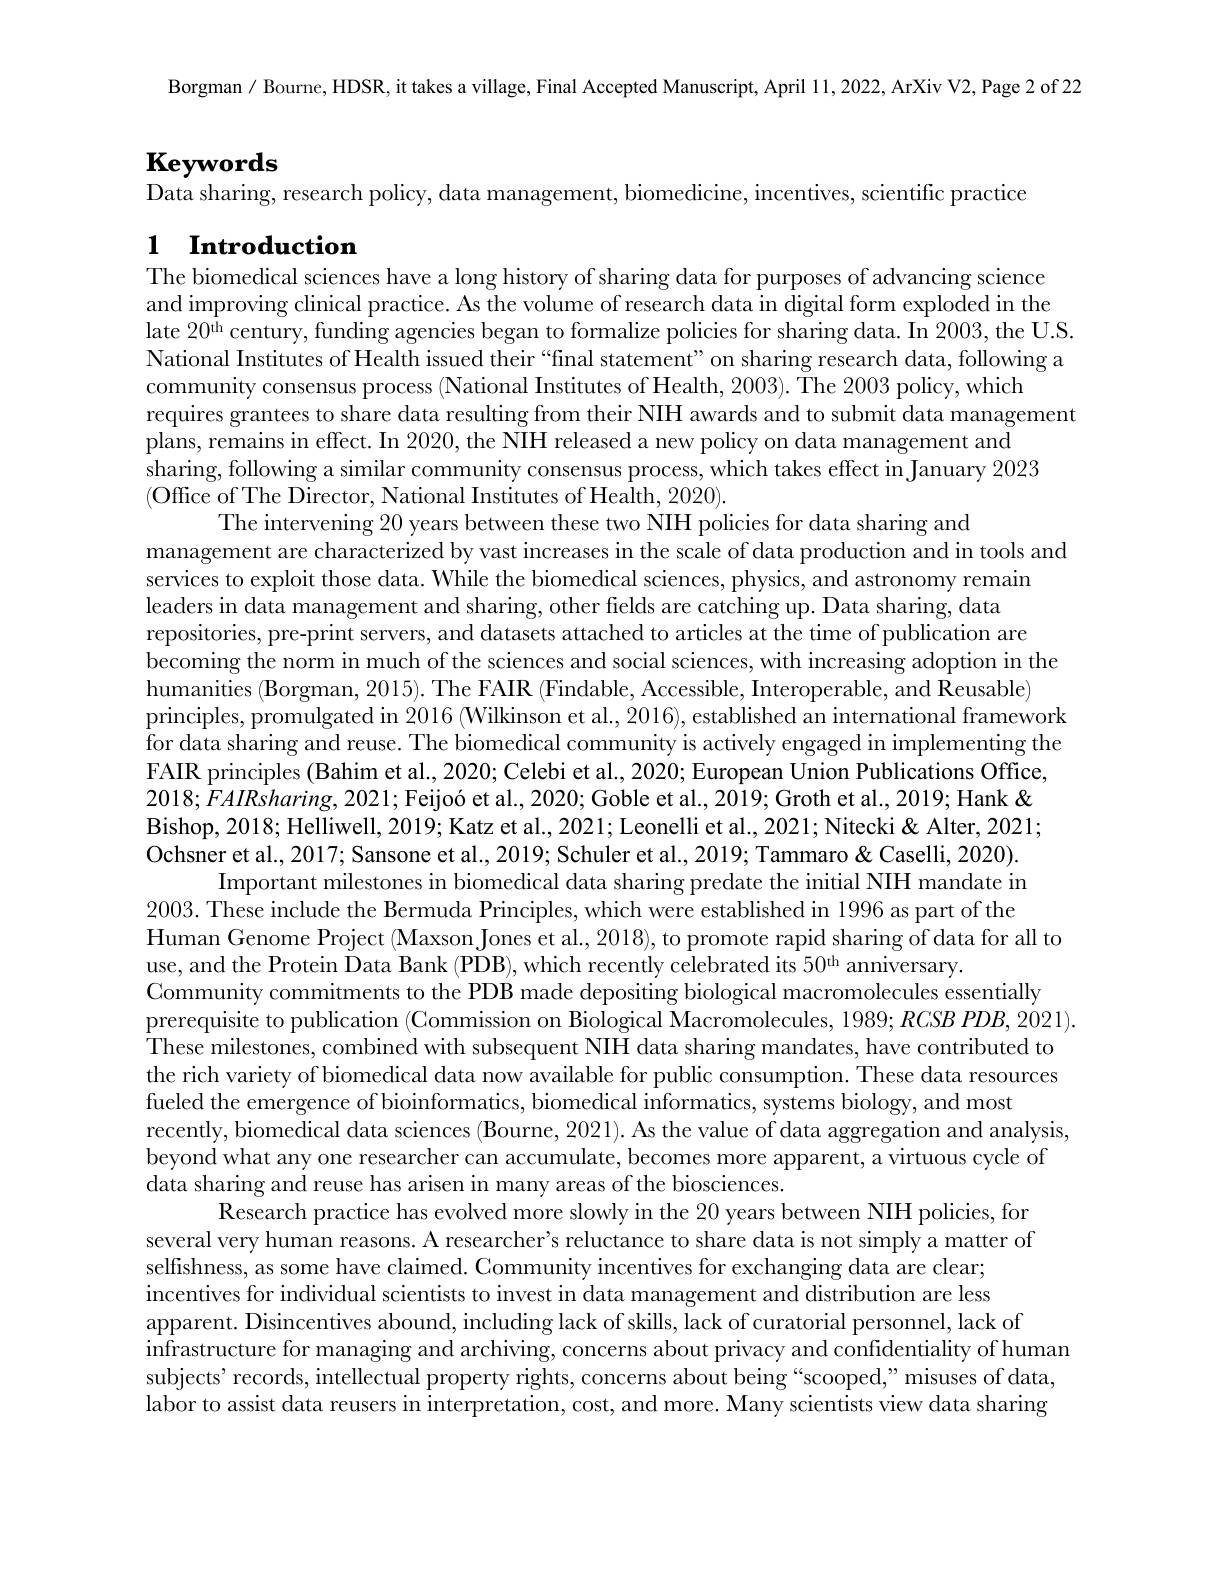
Borgman / Bourne, HDSR, it takes a village, Final Accepted Manuscript, April 11,2022,ArXiv V2, Page 2 of 22

$\mathbf{Keywords}$

Data sharing, research policy, data management, biomedicine, incentives, scientific practice

# 1 $\textbf{Introduction}$

The biomedical sciences have a long history of sharing data for purposes of advancing science and improving clinical practice. As the volume of research data in digital form exploded in the late $20^\mathrm{uh}$century, funding agencies began to formalize policies for sharing data. In 2003, the U.S. National Institutes of Health issued their “final statement”on sharing research data, following a community consensus process (National Institutes of Health, 2003). The 2003 policy, which
requires grantees to share data resulting from their NIH awards and to submit data management
plans, remains in effect. In 2020, the NIIH released a new policy on data management and
sharing, following a similar community consensus process, which takes effect in January 2023
(Office of The Director, National Institutes of Health, 2020).
The intervening 20 years between these two NIH policies for data sharing and
management are characterized by vast increases in the scale of data production and in tools and
services to exploit those data. While the biomedical sciences, physics, and astronomy remain
leaders in data management and sharing, other fields are catching up. Data sharing, data
repositories, pre-print servers, and datasets attached to articles at the time of publication are
becoming the norm in much of the sciences and social sciences, with increasing adoption in the
humanities (Borgman, 2015). The FAIR (Findable, Accessible, Interoperable, and Reusable)
principles, promulgated in 2016 (Wilkinson et al., 2016), established an international framework for data sharing and reuse. The biomedical community is actively engaged in implementing the FAIR principles (Bahim et al., 2020; Celebi et al., 2020; European Union Publications Office, $2018; FAIRsharing, 2021; \text{Feijo\' {o}etal. , 2020; Gobleetal. , 2019; Grothetal. , 2019; Hank\"{ } Hank\"{ } Hank\"{ } Hank\"{ } Hank\"{ } Hank\"{ } Tandis, Tonking, 2021; Feijo\' {o}etal. , 2020; Goble et al. , 2019; Groth et al. , 2019; Hank\"{ } Hank\"{ } Mank\"{ } Hank\"{ } Mank\"{ } Mandis Manin Manin Manin Ma}$ Bishop, 2018; Helliwell, 2019; Katz et al., 2021; Leonelli et al., 2021; Nitecki & Alter, 2021; Ochsner et al., 2017; Sansone et al., 2019; Schuler et al., 2019; Tammaro& Caselli, 2020).
Important milestones in biomedical data sharing predate the initial NIH mandate in
2003. These include the Bermuda Principles, which were established in 1996 as part of the
Human Genome Project (Maxson Jones et al., 2018), to promote rapid sharing of data for all to
use, and the Protein Data Bank (PDB), which recently celebrated its 50th anniversary.
Community commitments to the PDB made depositing biological macromolecules essentially
prerequisite to publication (Commission on Biological Macromolecules, 1989; RCSB PDB, 2021). $\dot{\text{These milestones, combined with subsequent NIH data sharing mandates, have contributed to}}$ the rich variety of biomedical data now available for public consumption. These data resources fueled the emergence of bioinformatics, biomedical informatics, systems biology, and most
recently, biomedical data sciences (Bourne, 2021). As the value of data aggregation and analysis, beyond what any one researcher can accumulate, becomes more apparent, a virtuous cycle of data sharing and reuse has arisen in many areas of the biosciences.
Research practice has evolved more slowly in the 20 years between NIH policies, for
several very human reasons. A researcher's reluctance to share data is not simply a matter of
selfishness, as some have claimed. Community incentives for exchanging data are clear; incentives for individual scientists to invest in data management and distribution are less apparent. Disincentives abound, including lack of skills, lack of curatorial personnel, lack of
infrastructure for managing and archiving, concerns about privacy and confidentiality of human subjects' records, intellectual property rights, concerns about being“scooped;”misuses of data, labor to assist data reusers in interpretation, cost, and more. Many scientists view data sharing